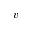
v